King Institute of Preventive Medicine Bacteriolog. Section reports 1907-08
Year: 1907
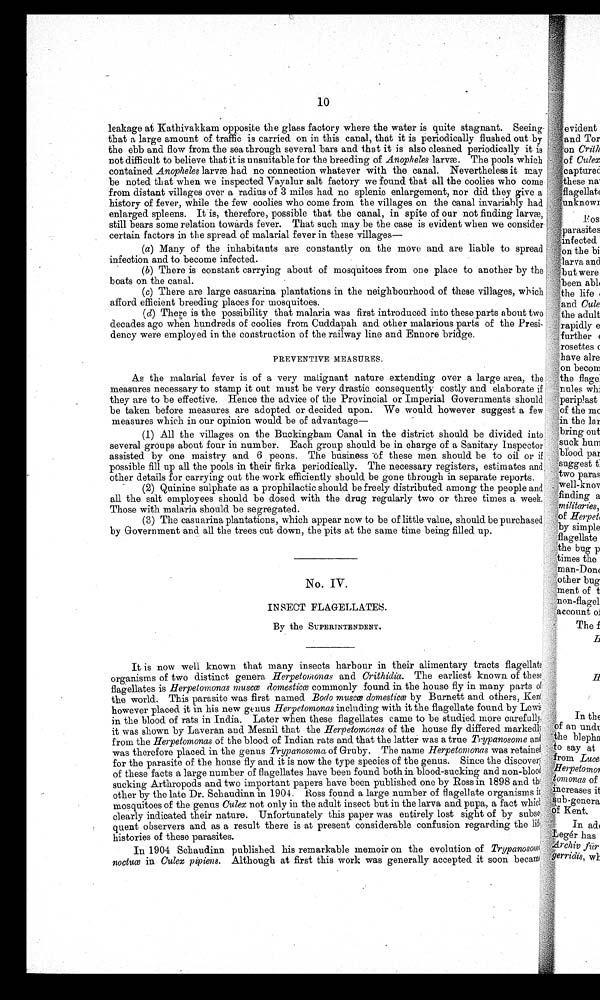
10
leakage at Kathivakkam opposite the glass factory where the water is quite stagnant. Seeing
that a large amount of traffic is carried on in this canal, that it is periodically flushed out by
the ebb and flow from the sea through several bars and that it is also cleaned periodically it is
not difficult to believe that it is unsuitable for the breeding of Anopheles larvæ. The pools which
contained. Anopheles larvæ had no connection whatever with the canal. Nevertheless it may
be noted that when we inspected Vayalur salt factory we found that all the coolies who come
from distant villages over a radius of 3 miles had no splenic enlargement, nor did. they give a
history of fever, while the few coolies who come from the villages on the canal invariably had
enlarged spleens. It is, therefore, possible that the canal, in spite of our not finding larvæ,
still bears some relation towards fever. That such may be the case is evident when we consider
certain factors in the spread of malarial fever in these villages—
(a)Many- of the inhabitants are constantly on the move and are liable to spread
infection and to become infected.
(b)There is constant carrying about of mosquitoes from one place to another by the
boats on the canal.
(c)There are large casuarina plantations in the neighbourhood of these villages, which
afford efficient breeding places for mosquitoes.
(d)There is the possibility that malaria was first introduced into these parts about two ,
decades ago when hundreds of coolies from Cuddapah and other malarious parts of the Presi-
dency were employed in the construction of the railway line and Ennore bridge.
PREVENTIVE MEASURES.
As the malarial fever is of a very malignant nature extending over a large area, the
measures necessary to stamp it out must be very drastic consequently costly and elaborate if
they are to be effective. Hence the advice of the Provincial or Imperial Governments should
be taken before measures are adopted or decided upon. We would however suggest a few H
measures which in our opinion would be of advantage
(1) All the villages on the Buckingham Canal in the district should be divided into
several groups about four in number. Each group should be in charge of a Sanitary Inspector
assisted by one maistry and 6 peons. The business -of these men should be to oil or if
possible fill up all the pools in their firka periodically. The necessary registers, estimates and
other details for carrying out the work efficiently should be gone through in separate reports.
(2) Quinine sulphate as a prophilactic should be freely distributed among the people and
all the salt employees should be dosed with the drug regularly two or three times a week
Those with malaria should be segregated.
(3) The casuarina plantations, which appear now to be of little value, should be purchased
by Government and all the trees cut down, the pits at the same time being filled up.
No. IV.
INSECT FLAGELLATES.
By the SUPERINTENDENT.
It is now well known that many insects harbour in their alimentary tracts flagellate
organisms of two distinct genera Herpetomonas and Crithidia. The earliest known of these
flagellates is H erpetomonas muscœ domesticœ commonly found in the house fly in many parts of
the world. This parasite was first named Bodo muscœ domesticœ by Burnett and others, Kent
however placed it in his new genus Herpetomonas including with it the flagellate found by Lewis
in the blood of rats in India. Later when these flagellates came to be studied more carefully
it was shown by Laveran and Mesnil that the Herpetomonas of the house fly differed markedly
from the Herpetomonas of the blood of Indian rats and that the latter was a true Trypanosome and
was therefore placed in the genus Trypanosoma of Gruby. The name Herpetomonas was retained
for the parasite of the house fly and it is now the type species of the genus. Since the discovery
of these facts a large number of flagellates have been found both in blood-sucking and non-blood
sucking Arthropods and two important papers have been published one by Ross in 1898 and the
other by the late Dr. Schaudinn in 1904. Ross found a large number of flagellate organisms
mosquitoes of the genus Culex not only in the adult insect but in the larva and pupa, a fact which
clearly indicated their nature. Unfortunately this paper was entirely lost sight of by subse
quent observers and as a result there is at present considerable confusion regarding the a
histories of these parasites.
In 1904 Schaudinn published his remarkable memoir on the evolution of T r y p a n o s o m a
noctuœ in Culex pipiens. Although at first this work was generally accepted it soon became